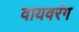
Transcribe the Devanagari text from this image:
वायवरंग